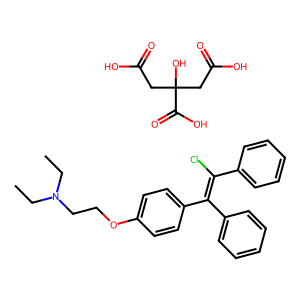
SMILES: CCN(CC)CCOc1ccc(C(=C(Cl)c2ccccc2)c2ccccc2)cc1.O=C(O)CC(O)(CC(=O)O)C(=O)O
Inhibits HIV replication: No